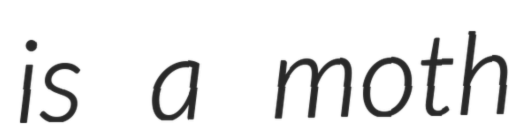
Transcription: is a moth